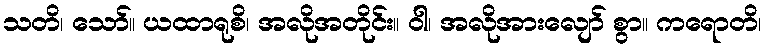
သတိ၊ သော်။ ယထာရုစိ၊ အလိုအတိုင်း။ ဝါ၊ အလိုအားလျော် စွာ။ ကရောတိ၊